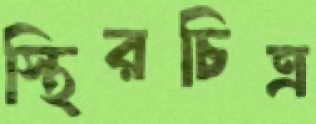
স্থিরচিত্র